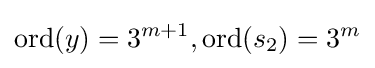
\mathrm {ord} (y)=3^{m+1},\mathrm {ord} (s_{2})=3^{m}